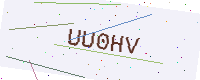
Text: UU0HV